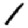
Digit: 1